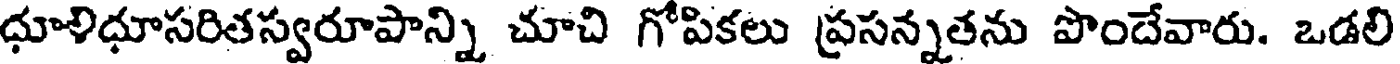
ధూళిధూసరితస్వరూపాన్ని చూచి గోపికలు ప్రసన్నతను పొందేవారు. ఒడలి